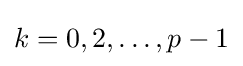
k=0,2,\ldots ,p-1